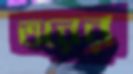
তরের